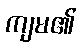
ကျမ၏